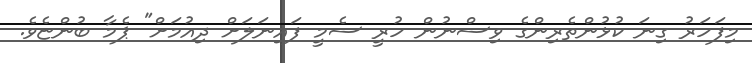
މިފަހަރު ގިނަ ކުޅުންތެރިންގެ ވިސްނުން ހުރީ ސެމީ ފައިނަލަށް ދިއުމަށް" ޕެމާ ބުންޏެވެ.